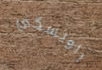
الويسكي